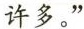
许多。”